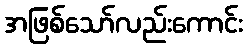
အဖြစ်သော်လည်းကောင်း